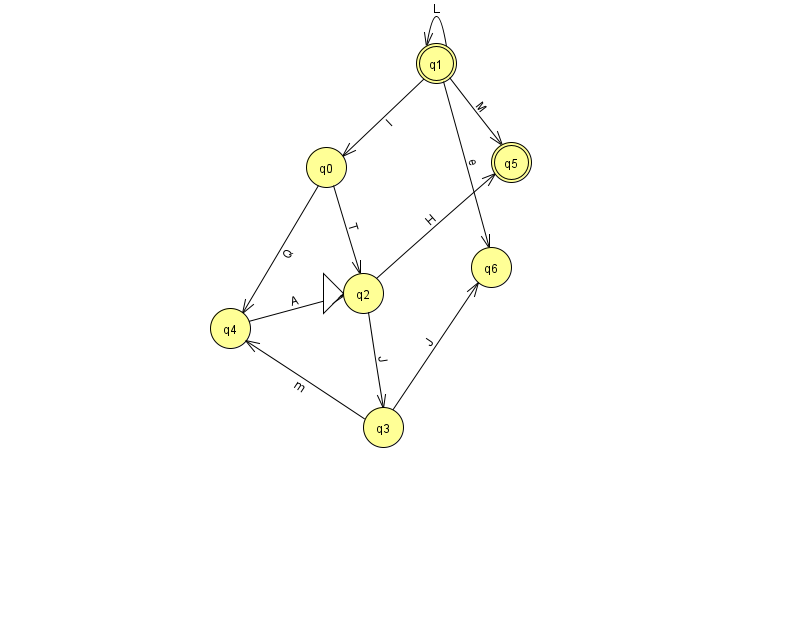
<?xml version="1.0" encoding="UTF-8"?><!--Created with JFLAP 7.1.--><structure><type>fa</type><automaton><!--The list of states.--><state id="0" name="q0"><x>326.0</x><y>154.0</y></state><state id="1" name="q1"><x>436.0</x><y>50.0</y><final/></state><state id="2" name="q2"><x>363.0</x><y>280.0</y><initial/></state><state id="3" name="q3"><x>383.0</x><y>414.0</y></state><state id="4" name="q4"><x>230.0</x><y>315.0</y></state><state id="5" name="q5"><x>511.0</x><y>149.0</y><final/></state><state id="6" name="q6"><x>491.0</x><y>254.0</y></state><!--The list of transitions.--><transition><from>1</from><to>6</to><read>e</read></transition><transition><from>1</from><to>0</to><read>I</read></transition><transition><from>0</from><to>4</to><read>Q</read></transition><transition><from>3</from><to>4</to><read>m</read></transition><transition><from>1</from><to>1</to><read>L</read></transition><transition><from>1</from><to>5</to><read>M</read></transition><transition><from>2</from><to>3</to><read>J</read></transition><transition><from>3</from><to>6</to><read>J</read></transition><transition><from>4</from><to>2</to><read>A</read></transition><transition><from>0</from><to>2</to><read>T</read></transition><transition><from>2</from><to>5</to><read>H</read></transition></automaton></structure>